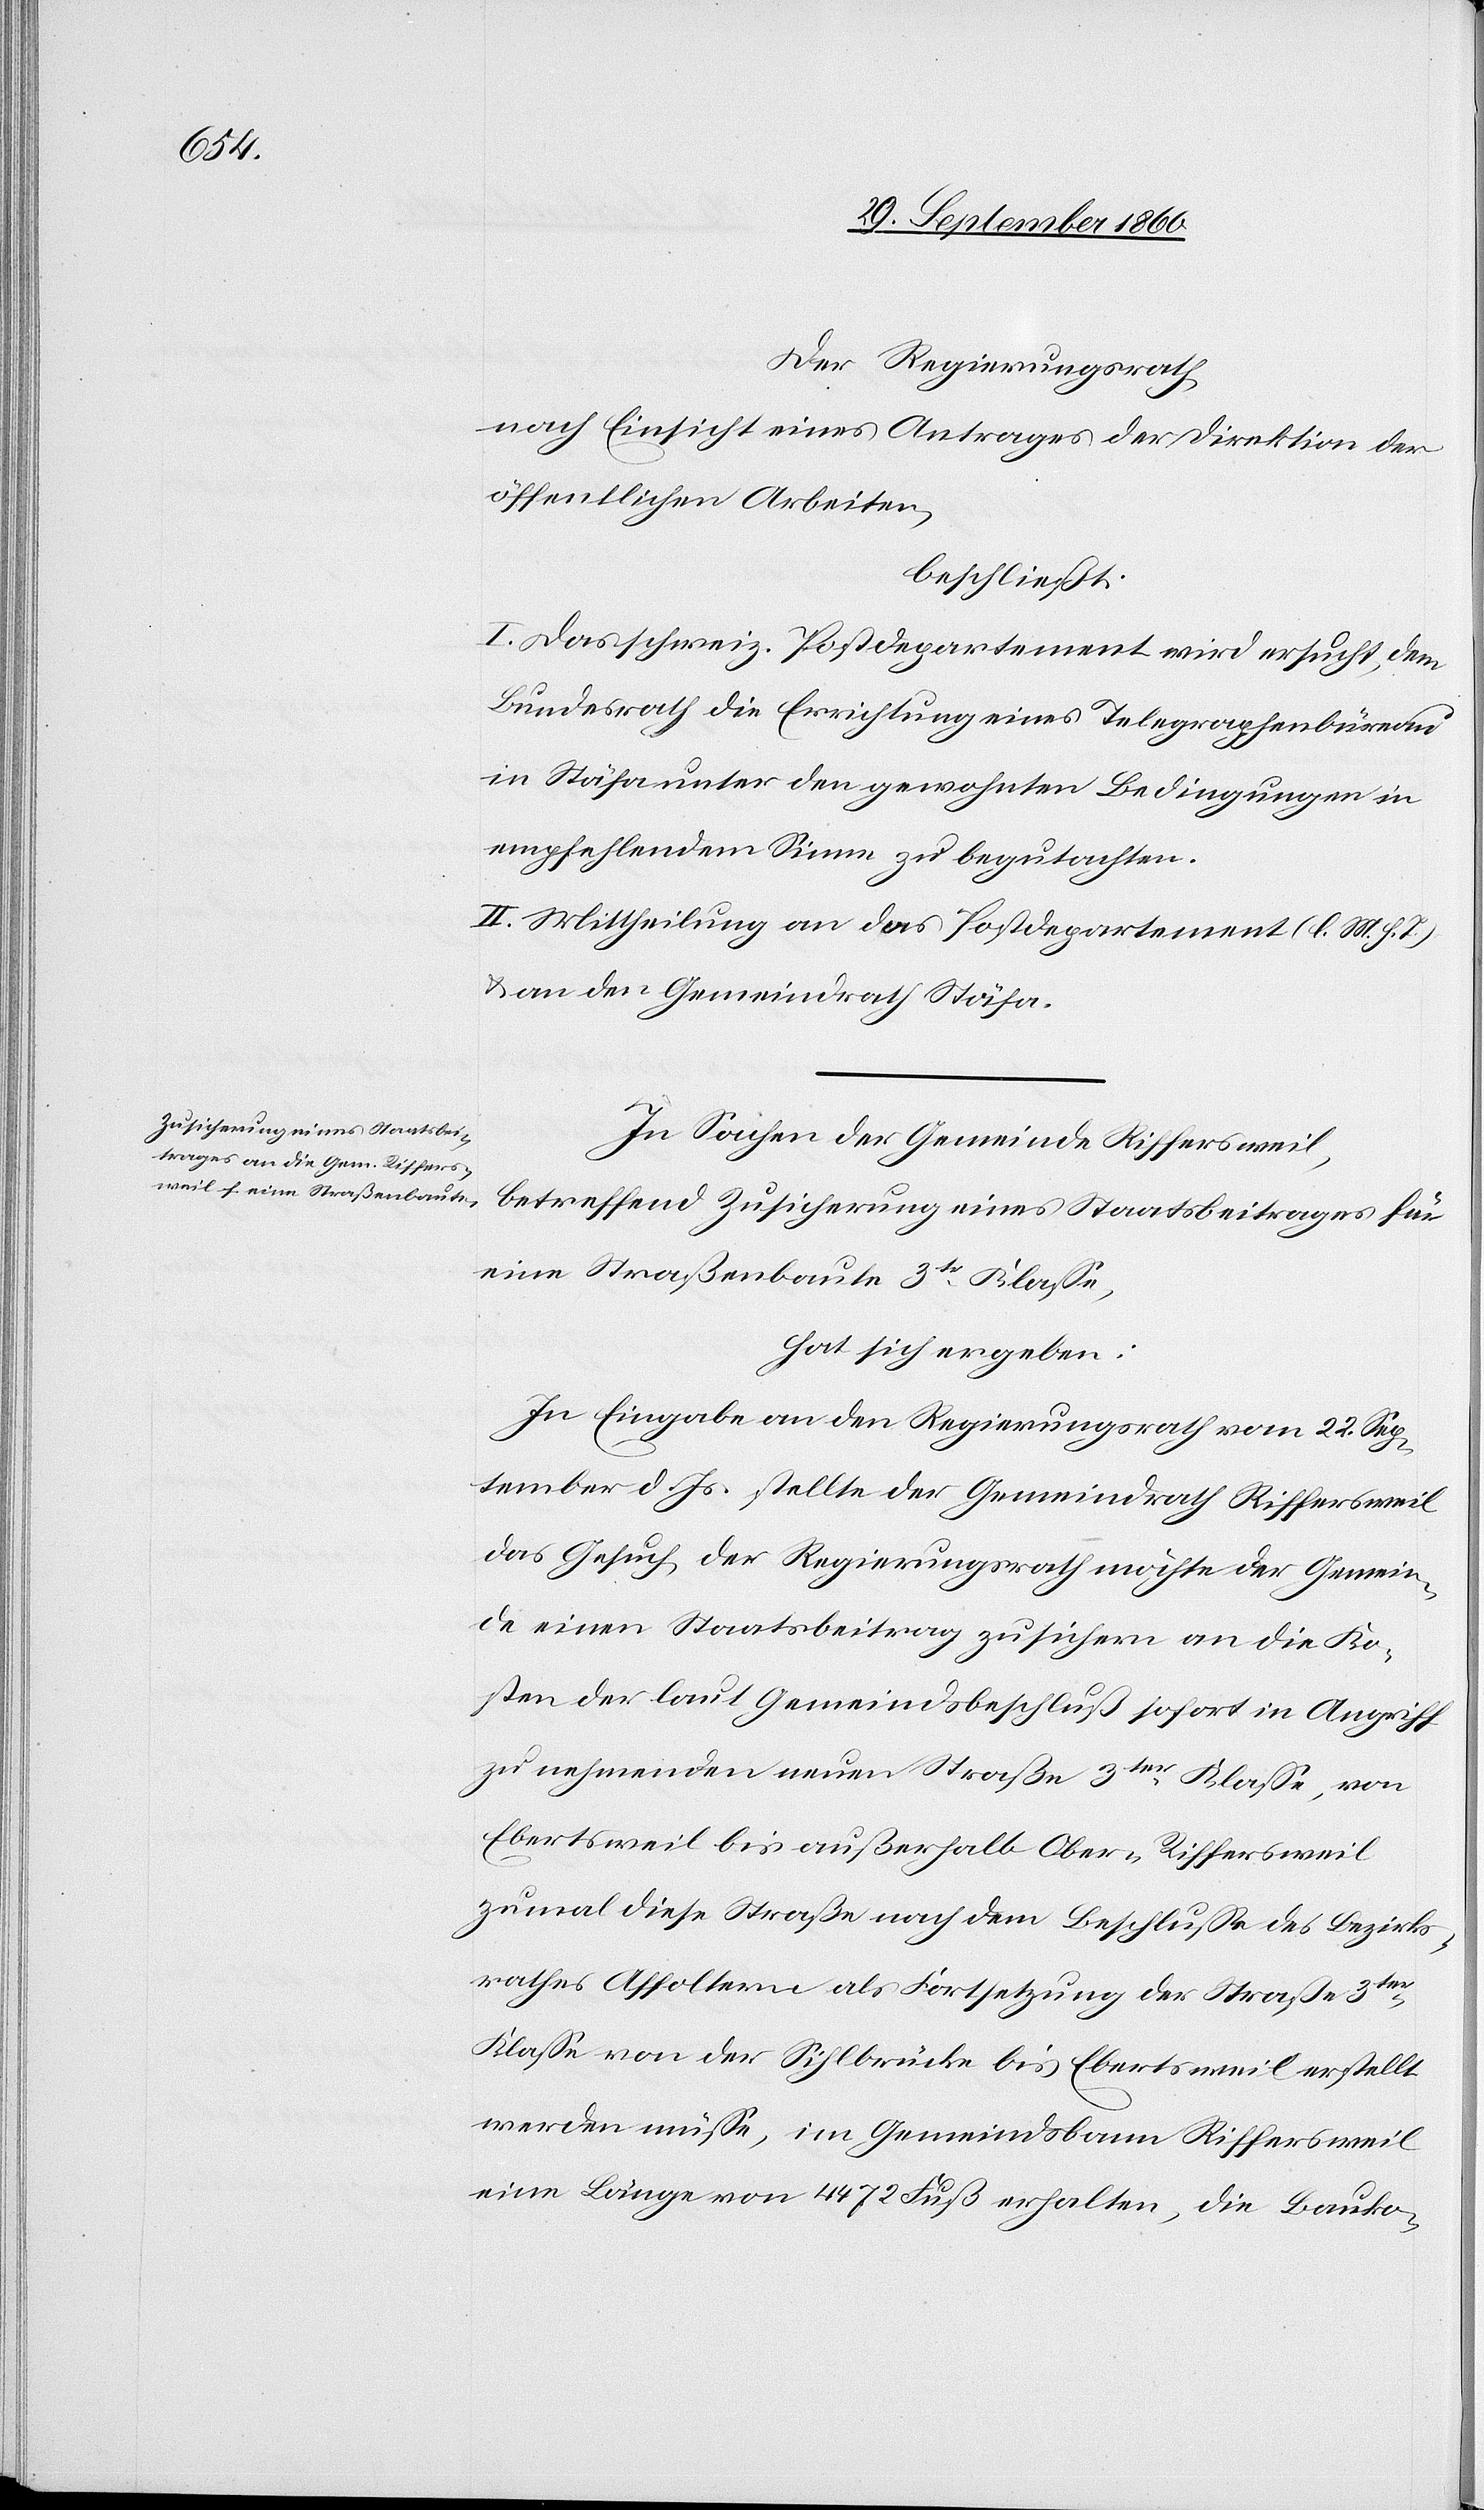
Der Regierungsrath,
nach Einsicht eines Antrages der Direktion der
öffentlichen Arbeiten,
beschließt:
I. Das schweiz. Postdepartement wird ersucht, dem
Bundesrath die Errichtung eines Telegraphenbüreau
in Stäfa unter den gewohnten Bedingungen in
empfehlendem Sinne zu begutachten.
II. Mittheilung an das Postdepartement (l. M. h. T.)
u. an den Gemeindrath Stäfa.
In Sachen der Gemeinde Riffersweil,
betreffend Zusicherung eines Staatsbeitrages für
eine Straßenbaute 3te Klasse,
hat sich ergeben:
In Eingabe an den Regierungsrath vom 22. Sep¬
tember d. Js. stellte der Gemeindrath Riffersweil
das Gesuch, der Regierungsrath möchte der Gemein¬
de einen Staatsbeitrag zusichern an die Ko¬
sten der laut Gemeindsbeschluß sofort in Angriff
zu nehmenden neuen Straße 3ter Klasse, von
Ebertsweil bis außerhalb Ober- Riffersweil
zumal diese Straße nach dem Beschluße des Bezirks¬
rathes Affoltern als Fortsetzung der Straße 3ten
Klasse von der Sihlbrücke bis Eberstweil erstellt
werden müsse, im Gemeindsbann Riffersweil
eine Länge von 4472 Fuß erhalten, die Bauko-